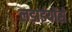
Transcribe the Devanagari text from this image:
लड़ाईयोंसे